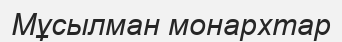
Мұсылман монархтар